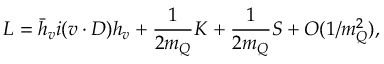
{ \cal L } = \bar { h } _ { v } i ( v \cdot D ) h _ { v } + \frac { 1 } { 2 m _ { Q } } { \cal K } + \frac { 1 } { 2 m _ { Q } } { \cal S } + O ( 1 / m _ { Q } ^ { 2 } ) ,